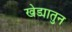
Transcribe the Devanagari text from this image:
खेड्यातुन